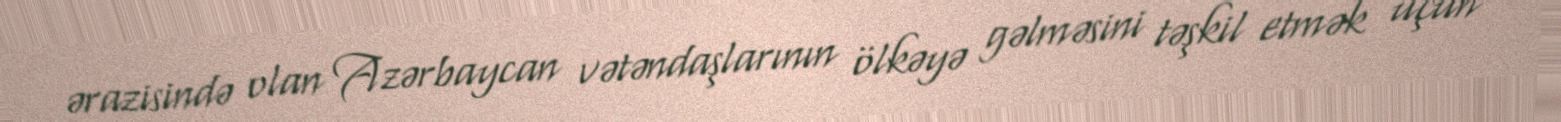
ərazisində olan Azərbaycan vətəndaşlarının ölkəyə gəlməsini təşkil etmək üçün